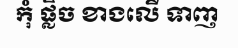
កុំ ផ្លិច ខាងលើ ទាញ